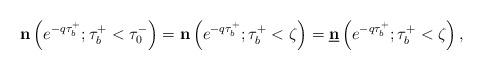
LaTeX: \begin{align*}\mathbf{n}\left(e^{-q\tau_b^+}; \tau_b^+ < \tau_0^- \right) = \mathbf{n}\left(e^{-q\tau_b^+};\tau_b^+<\zeta\right)=\underline{\mathbf{n}}\left(e^{-q\tau_b^+};\tau_b^+<\zeta\right),\end{align*}